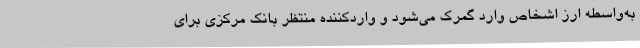
به‌واسطه ارز اشخاص وارد گمرک می‌شود و واردکننده منتظر بانک مرکزی برای